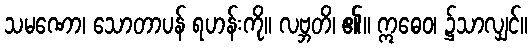
သမဏော၊ သောတာပန် ရဟန်းကို။ လဗ္ဘတိ၊ ၏။ ဣဓေဝ၊ ၌သာလျှင်။